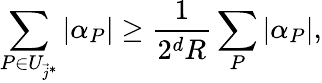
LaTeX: \sum_{P\in U_{\vec{j}^{*}}}|\alpha_{P}|\geq\frac{1}{2^{d}R}\sum_{P}|\alpha_{P}|,